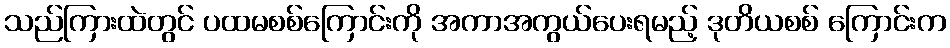
သည်ကြားထဲတွင် ပထမစစ်ကြောင်းကို အကာအကွယ်ပေးရမည့် ဒုတိယစစ် ကြောင်းက